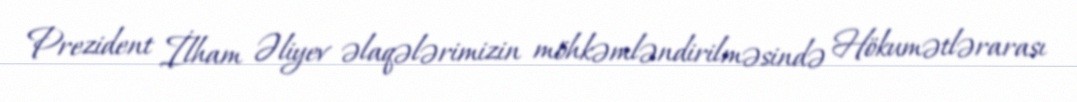
Prezident İlham Əliyev əlaqələrimizin möhkəmləndirilməsində Hökumətlərarası